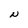
Character: N